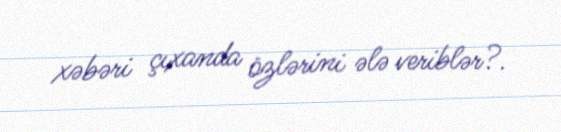
xəbəri çıxanda özlərini ələ veriblər?.